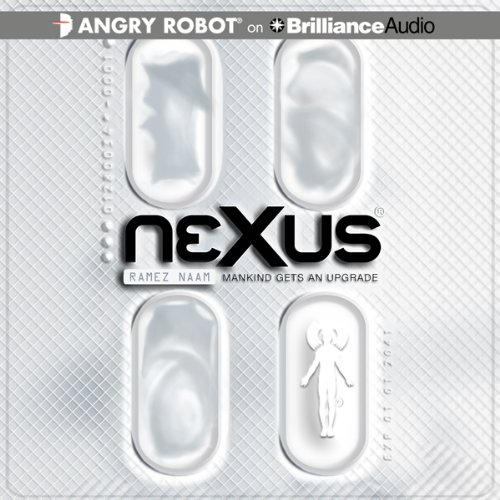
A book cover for Nexus: Nexus, Book 1; Ramez Naam; Science Fiction & Fantasy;